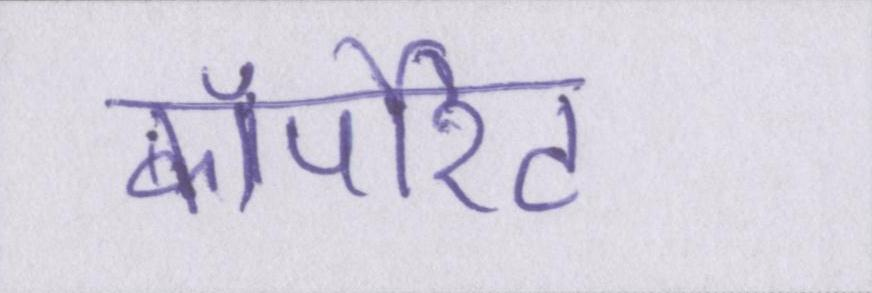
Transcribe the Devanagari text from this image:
कॉर्पोरेट